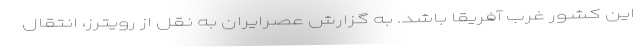
این کشور غرب آفریقا باشد. به گزارش عصرایران به نقل از رویترز، انتقال